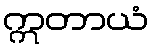
ဣတာယံ